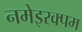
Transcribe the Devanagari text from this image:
नमेइरक्पम